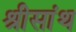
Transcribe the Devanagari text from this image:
श्रीसांथ